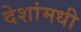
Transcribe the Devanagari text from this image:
देशांमधी